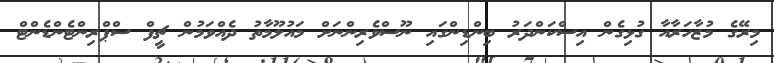
މިރޭގެ މުޒާހަރާއާ ގުޅިގެން އިސްކަންދަރު ބިންޑިންގައި ނޫސްވެރިންނަށް މައުލޫމާތު ދެއްވަމުން ޗީފް ސްޕްރިންޓެންޑެންޓް